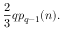
\frac { 2 } { 3 } q p _ { q - 1 } ( n ) .